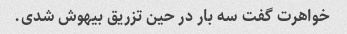
خواهرت گفت سه بار در حین تزریق بیهوش شدی.